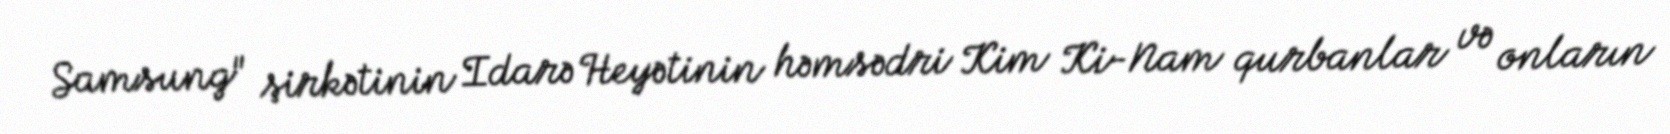
Samsung" şirkətinin Idarə Heyətinin həmsədri Kim Ki-Nam qurbanlar və onların